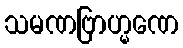
သမဏဗြာဟ္မဏေ